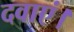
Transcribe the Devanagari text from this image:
दवाएं।